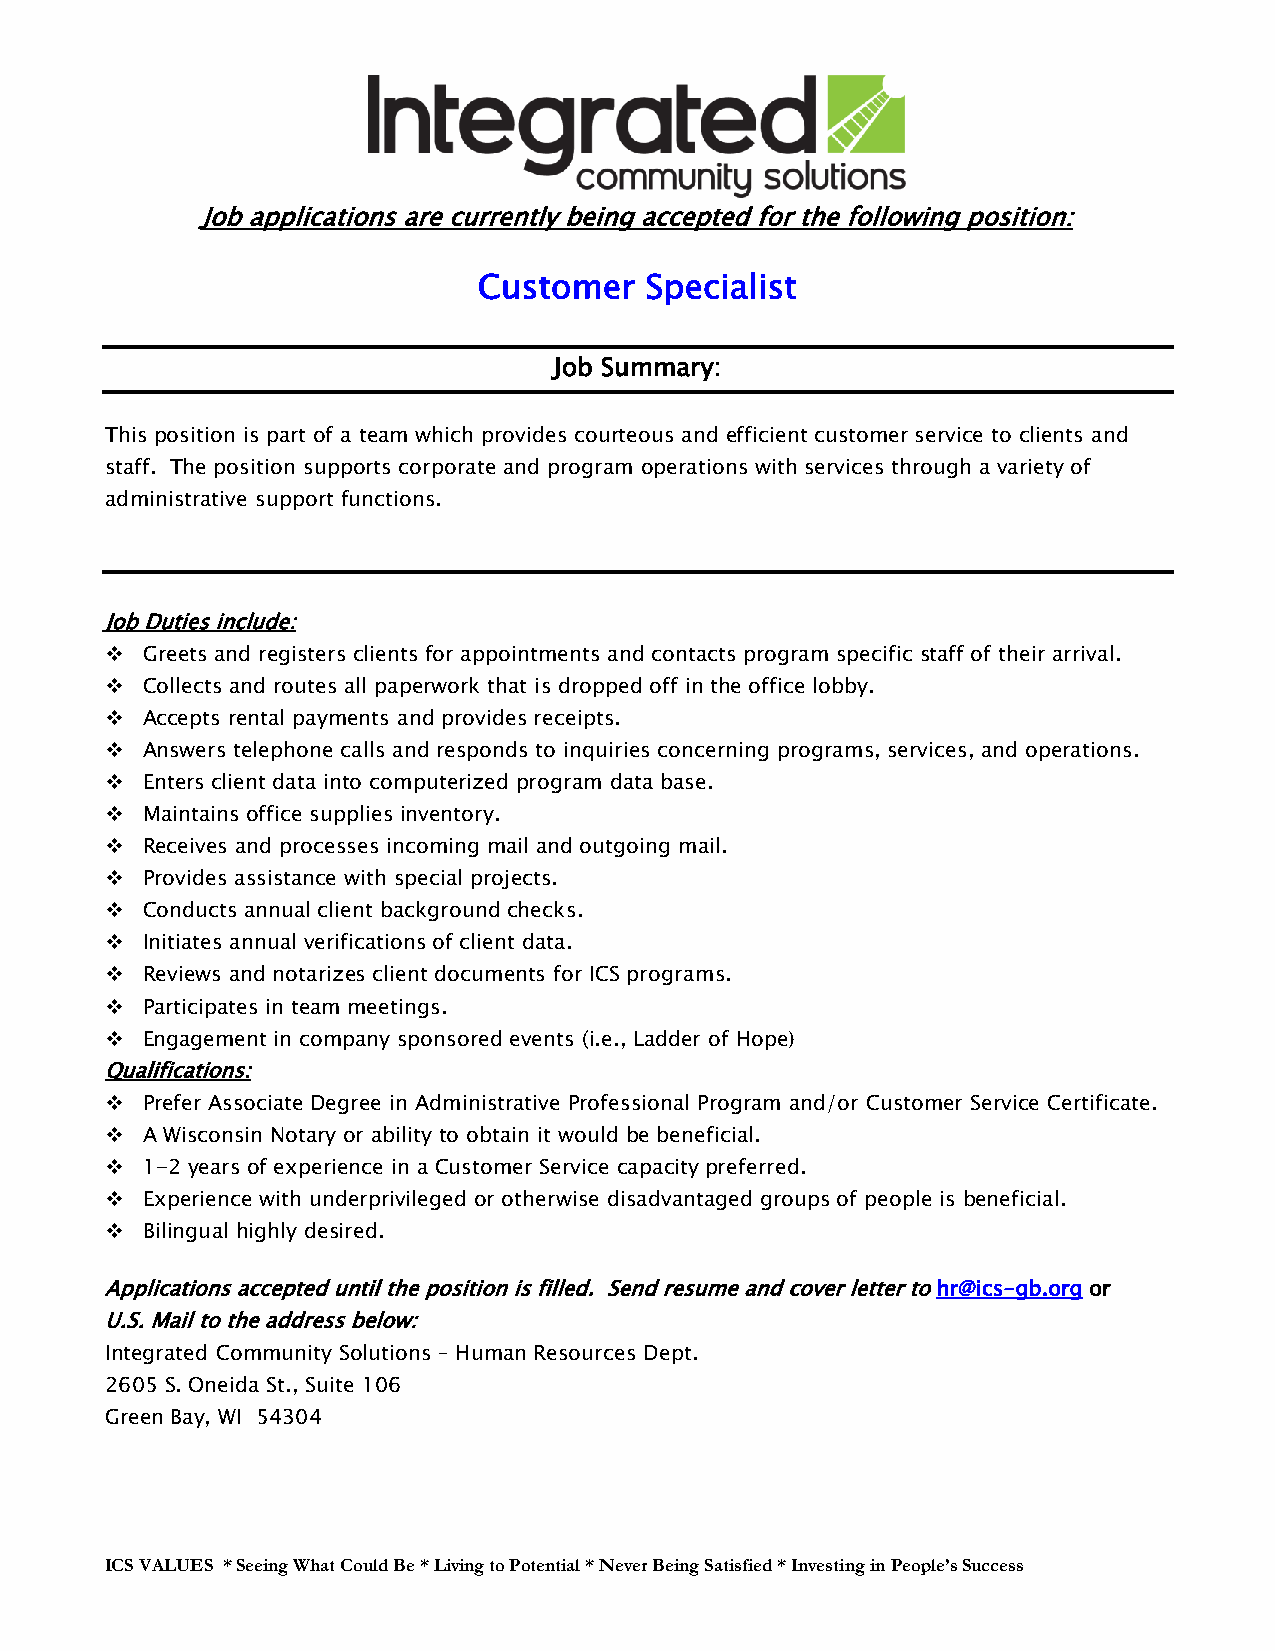
Job applications are currently being accepted for the following position:
 Customer   Specialist
 Job Summary:
 This position is part of a team which provides courteous and efficient customer service to clients and
 staff. The position supports corporate and program operations with services through a variety of
 administrative support functions.
 Job Duties include:
 ❖ Greets and registers clients for appointments and contacts program specific staff of their arrival.
 ❖ Collects and routes all paperwork that is dropped off in the office lobby.
 ❖ Accepts rental payments and provides receipts.
 ❖ Answers telephone calls and responds to inquiries concerning programs, services, and operations.
 ❖ Enters client data into computerized program data base.
 ❖ Maintains office supplies inventory.
 ❖ Receives and processes incoming mail and outgoing mail.
 ❖ Provides assistance with special projects.
 ❖ Conducts annual client background checks.
 ❖ Initiates annual verifications of client data.
 ❖ Reviews and notarizes client documents for ICS programs.
 ❖ Participates in team meetings.
 ❖ Engagement in company sponsored events (i.e., Ladder of Hope)
 Qualifications:
 ❖ Prefer Associate Degree in Administrative Professional Program and/or Customer Service Certificate.
 ❖ A Wisconsin Notary or ability to obtain it would be beneficial.
 ❖ 1-2 years of experience in a Customer Service capacity preferred.
 ❖ Experience with underprivileged or otherwise disadvantaged groups of people is beneficial.
 ❖ Bilingual highly desired.
 Applications accepted until the position is filled. Send resume and cover letter to hr@ics-gb.org or
 U.S. Mail to the address below:
 Integrated Community Solutions – Human Resources Dept.
 2605 S. Oneida St., Suite 106
 Green Bay, WI 54304
 ICS VALUES * Seeing What Could Be * Living to Potential * Never Being Satisfied * Investing in People’s Success